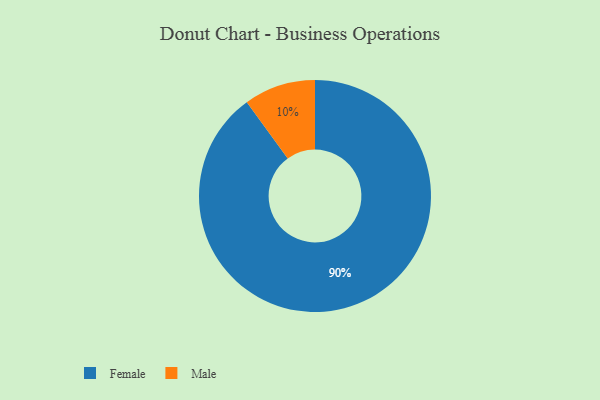
{"axis": {"x": "Category", "y": "Percentage"}, "legend": ["Female", "Male"], "data": [{"x": "Male", "y": 10, "type": "Male"}, {"x": "Female", "y": 90, "type": "Female"}]}